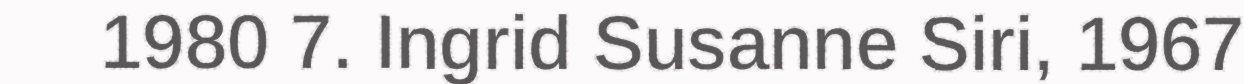
1980 7. Ingrid Susanne Siri, 1967